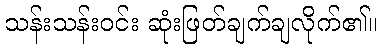
သန်းသန်းဝင်း ဆုံးဖြတ်ချက်ချလိုက်၏။